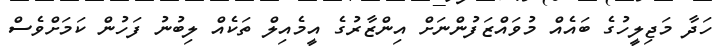
ހަދާ މަޖިލީހުގެ ބައެއް މުވައްޒަފުންނަށް އިންޒާރުގެ އީމެއިލް ތަކެއް ލިބުނު ފަހުން ކަމަށްވެސް